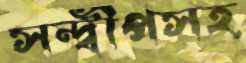
সন্দ্বীপসহ